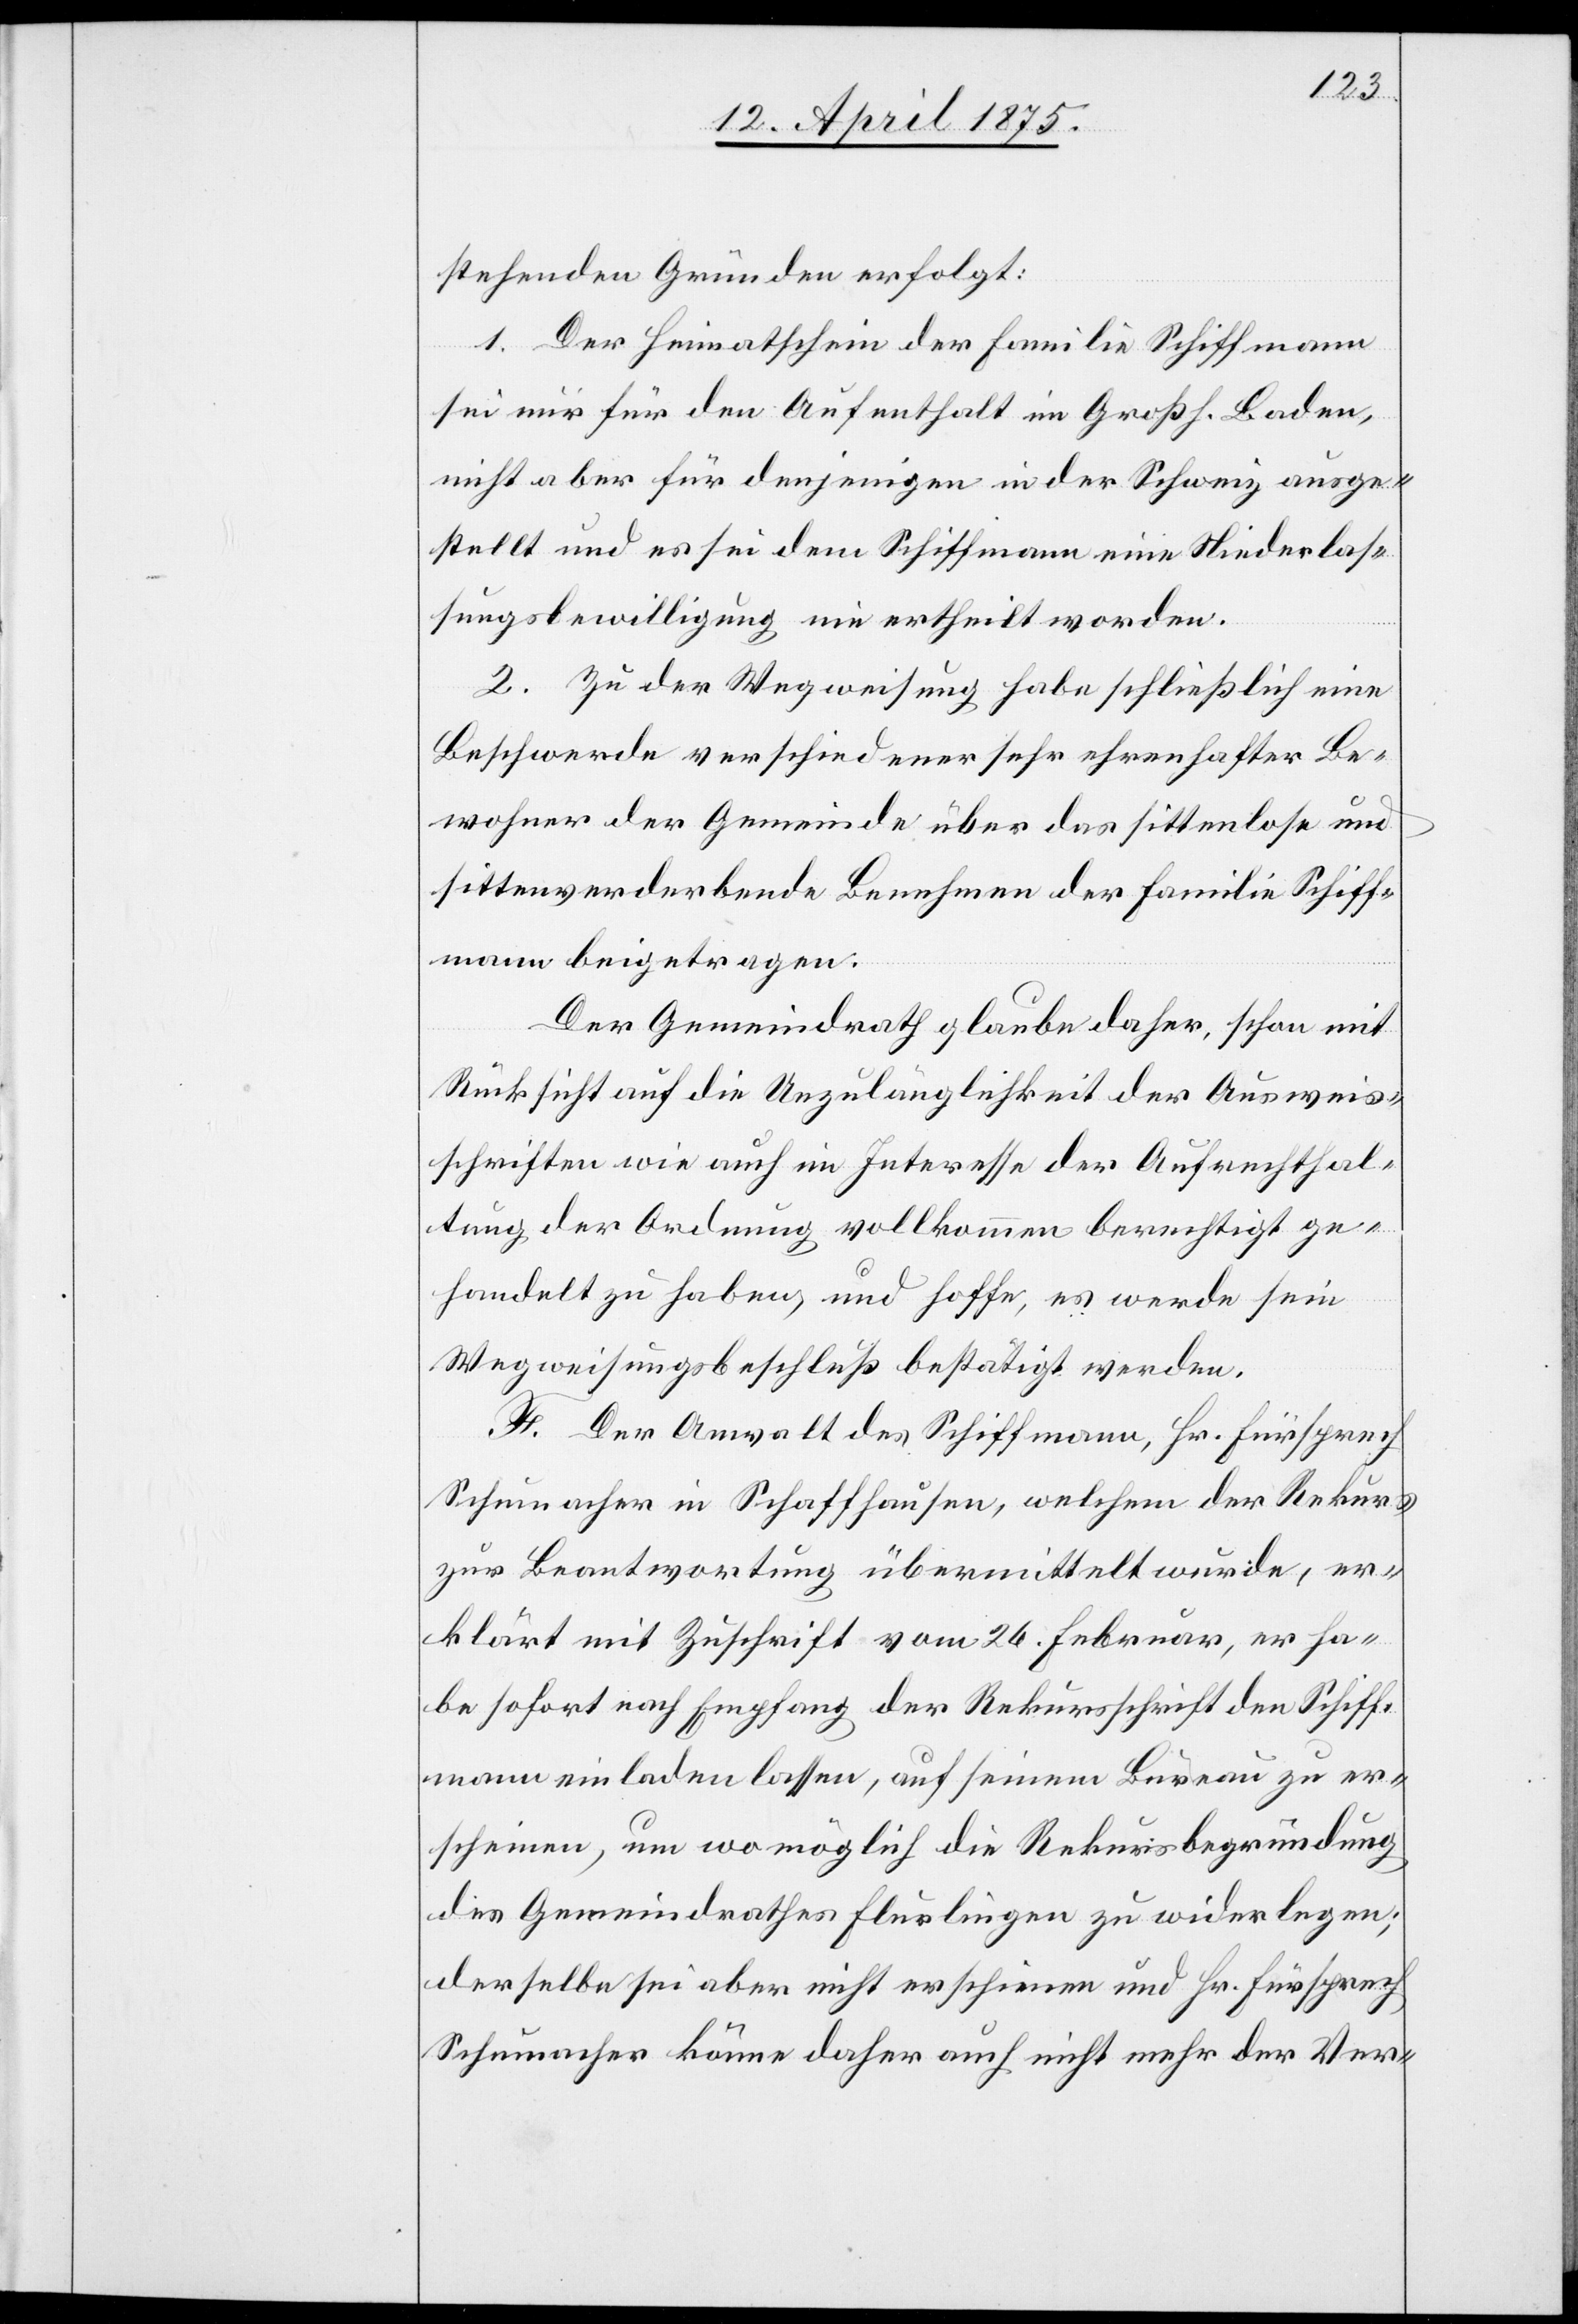
stehenden Gründen erfolgt:
1. Der Heimatschein der Familie Schiffmann
sei nur für den Aufenthalt im Großh. Baden,
nicht aber für denjenigen in der Schweiz ausge¬
stellt und es sei dem Schiffmann eine Niederlas¬
sungsbewilligung nie ertheilt worden.
2. Zu der Wegweisung habe schließlich eine
Beschwerde verschiedener sehr ehrenhafter Be¬
wohner der Gemeinde über das sittenlose und
sittenverderbende Benehmen der Familie Schiff¬
mann beigetragen.
Der Gemeindrath glaube daher, schon mit
Rücksicht auf die Unzulänglichkeit der Ausweis¬
schriften wie auch im Interesse der Aufrechthal¬
tung der Ordnung vollkommen berechtigt ge¬
handelt zu haben, und hoffe, es werde sein
Wegweisungsbeschluß bestätigt werden.
F. Der Anwalt des Schiffmann, Hr. Fürsprech
Schumacher in Schaffhausen, welchem der Rekurs
zur Beantwortung übermittelt wurde, er¬
klärt mit Zuschrift vom 26. Februar, er ha¬
be sofort nach Empfang der Rekursschrift den Schiff¬
mann einladen lassen, auf seinem Bureau zu er¬
scheinen, um womöglich die Rekursbegründung
des Gemeindrathes Flurlingen zu widerlegen;
der selbe sei aber nicht erschienen und Hr. Fürsprech
Schumacher könne daher auch nicht mehr der Ver-